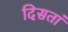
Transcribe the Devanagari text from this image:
दिसतां